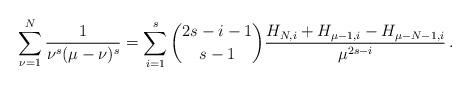
LaTeX: \begin{align*}\sum_{\nu = 1}^N {\frac{1}{{\nu ^s (\mu - \nu )^s }}} = \sum_{i = 1}^{s} {\binom{2s-i-1}{s-1}\frac{{H_{N,i} + H_{\mu - 1,i} - H_{\mu - N - 1,i} }}{{\mu ^{2s - i} }}}\,.\end{align*}